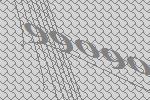
99090